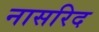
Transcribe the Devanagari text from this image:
नासरिद